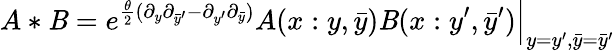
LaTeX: A*\mathit{B}=\left.e^{\frac{{\theta}}{{2}}(\partial_{y}\partial_{\bar{{y}}^{\prime}}-\partial_{y^{\prime}}\partial_{\bar{{y}}})}A(x:y,\bar{{y}})\mathit{B}(x:y^{\prime},\bar{{y}}^{\prime})\right|_{y=y^{\prime},\bar{{y}}=\bar{{y}}^{\prime}}